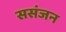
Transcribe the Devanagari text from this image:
ससंजन